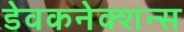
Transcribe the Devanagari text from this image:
डेवकनेक्शन्स